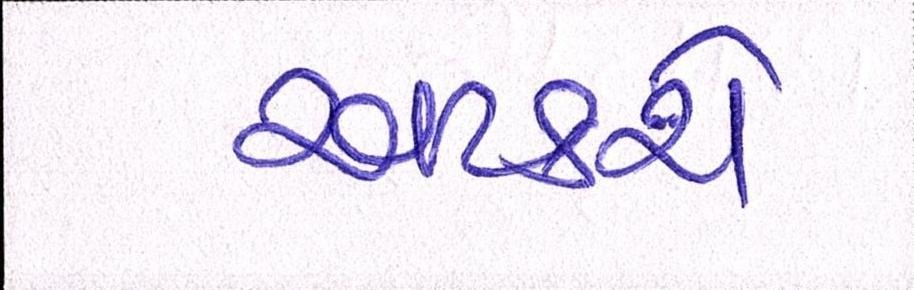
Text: અટકશે